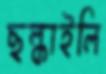
ছল্‌কাইলি